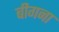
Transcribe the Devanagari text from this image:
बीगना